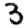
Digit: 3